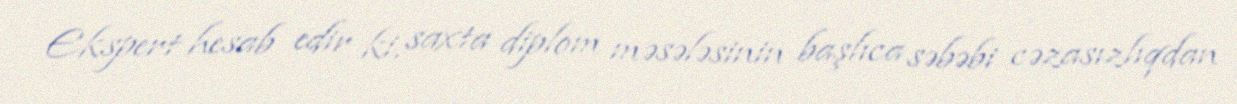
Ekspert hesab edir ki, saxta diplom məsələsinin başlıca səbəbi cəzasızlıqdan